Indian journal of veterinary science and animal husbandry - Volume 14,
Year: 1944
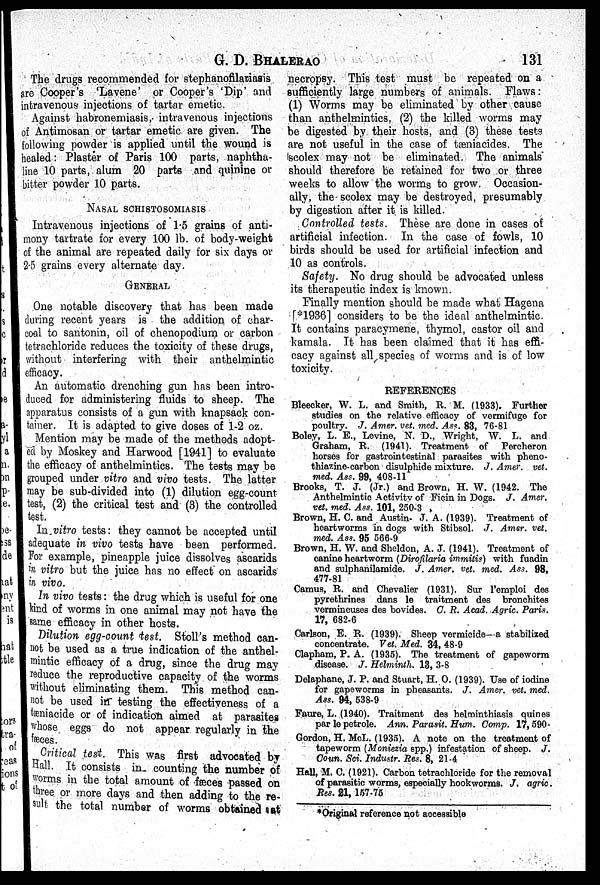
G. D.
BHALERAO
131
The drugs recommended for stephanofilariasis
are Cooper's 'Lavene' or Cooper's 'Dip' and
intravenous injections of tartar emetic.
Against habronemiasis,- intravenous injections
of Antimosan or tartar emetic are given. The
following powder is applied until the wound is
healed: Plaster of Paris 100 parts, naphtha-
line 10 parts, alum 20 parts and quinine or
bitter powder 10 parts.
NASAL SCHISTOSOMIASIS
Intravenous injections of 1.5 grains of anti-
mony tartrate for every 100 lb. of body-weight
of the animal are repeated daily for six days or
2.5 grains every alternate day.
GENERAL
One notable discovery that has been made
during recent years is the addition of char-
coal to santonin, oil of chenopodium or carbon
tetrachloride reduces the toxicity of these drugs,
without interfering with their anthelmintic
efficacy.
An automatic drenching gun has been intro-
duced for administering fluids to sheep. The
apparatus consists of a gun with knapsack con-
tainer. It is adapted to give doses of 1-2 oz.
Mention may be made of the methods adopt-
ed by Moskey and Harwood [1941] to evaluate
the efficacy of anthelmintics. The tests may be
grouped under vitro and vivo tests. The latter
may be sub-divided into (1) dilution egg-count
test, (2) the critical test and (3) the controlled
test.
In vitro tests: they cannot be accepted until
adequate in vivo tests have been performed.
For example, pineapple juice dissolves ascarids
in vitro but the juice has no effect on ascarids
in vivo.
In vivo teste: the drug which is useful for one
kind of worms in one animal may not have the
same efficacy in other hosts.
Dilution egg-count test. Stoll's method can-
not be used as a true indication of the anthel-
mintic efficacy of a drug, since the drug may
reduce the reproductive capacity of the worms
without eliminating them. This method can-
not be used in testing the effectiveness of a
tæniacide or of indication aimed at parasites
whose eggs do not appear regularly in the
fæces.
Critical test. This was first advocated by
Hall. It consists in counting the number of
worms in the total amount of fæces passed on
three or more days and then adding to the re-
sult the total number of worms obtained at
necropsy. This test must be repeated on a
sufficiently large numbers of animals. Flaws:
(1) Worms may be eliminated by other cause
than anthelmintics, (2) the killed worms may
be digested by their hosts, and (3) these tests
are not useful in the case of tæniacides. The
scolex may not be eliminated. The animals'
should therefore be retained for two or three
weeks to allow the worms to grow. Occasion-
ally, the scolex may be destroyed, presumably
by digestion after it is killed.
Controlled tests. These are done in cases of
artificial infection. In the case of fowls, 10
birds should be used for artificial infection and
10 as controls.
Safety. No drug should be advocated unless
its therapeutic index is known.
Finally mention should be made what Hagena
[*1936] considers to be the ideal anthelmintic.
It contains paracymene, thymol, castor oil and
kamala. It has been claimed that it has effi-
cacy against all species of worms and is of low
toxicity.
REFERENCES
Bleecker, W. L. and Smith, R. M. (1933). Further
studies on the relative efficacy of vermifuge for
poultry. J. Amer. vet. med. Ass. 83, 76.81
Boley, L. E., Levine, N. D., Wright, W. L. and
Graham, R. (1941). Treatment of Percheron
horses for gastrointestinal parasites with pheno-
thiazine-carbon disulphide mixture. J. Amer. vet.
med. Ass. 99, 408-11
Brooks, T. J. (Jr.) and Brown, H. W. (1942. The
Anthelmintic Activity of Ficin in Dogs. J. Amer.
vet. med. Ass. 101, 250-3
Brown, H. C. and Austin- J. A. (1939). Treatment of
heartworms in dogs with Stibsol. J. Amer. vet.
med. Ass. 95 566.9
Brown, H. W. and Sheldon, A. J. (1941). Treatment of
canine heartworm (Dirofilaria immitis) with fuadin
and sulphanilamide. J. Amer. vet. med. Ass. 98,
477-81
Camus, R. and Chevalier (1931). Sur l'emploi des
pyrethrines dans le traitment des bronchites
vermineuses des bovides. C. R. Acad. Agric. Paris.
17, 682-6
Carlson, E. R. (1939). Sheep vermicide—a stabilized
concentrate. Vet. Med. 34, 48-9
Clapham, P. A. (1935). The treatment of gapeworm
disease. J. Helminth. 13, 3-8
Delaphane, J. P. and Stuart, H. O. (1939). Use of iodine
for gapeworms in pheasants. J. Amer. vet. med.
Ass. 94, 538-9
Faure, L. (1940). Traitment des helminthiasis quines
par le petrole. Ann. Parasit. Hum. Comp. 17, 590
Gordon, H. McL. (1935). A note on the treatment of
tapeworm (Moniezia spp.) infestation of sheep. J.
Coun. Sci. Industr. Res. 8, 21-4
Hall, M. C. (1921). Carbon tetrachloride for the removal
of parasitic worms, especially hookworms. J. agric.
Res. 21, 157-75
*Original reference not accessible